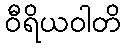
ဝီရိယဝါတိ